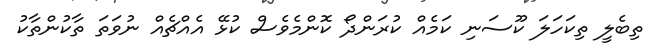
ތިބެލީ ތިކަހަލަ ކޫސަނި ކަމެއް ކުރަންދޯ ކޮންމެވެސް ކުޅޭ އެއްޗެއް ނުވަތަ ތާކުންތާކު